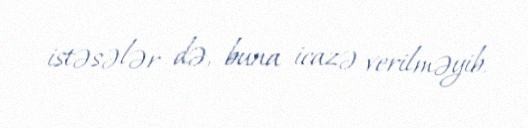
istəsələr də, buna icazə verilməyib.